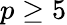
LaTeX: p\ge 5